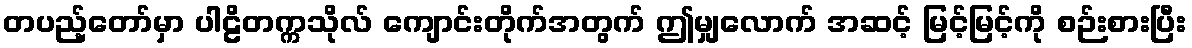
တပည့်တော်မှာ ပါဠိတက္ကသိုလ် ကျောင်းတိုက်အတွက် ဤမျှလောက် အဆင့် မြင့်မြင့်ကို စဉ်းစားပြီး